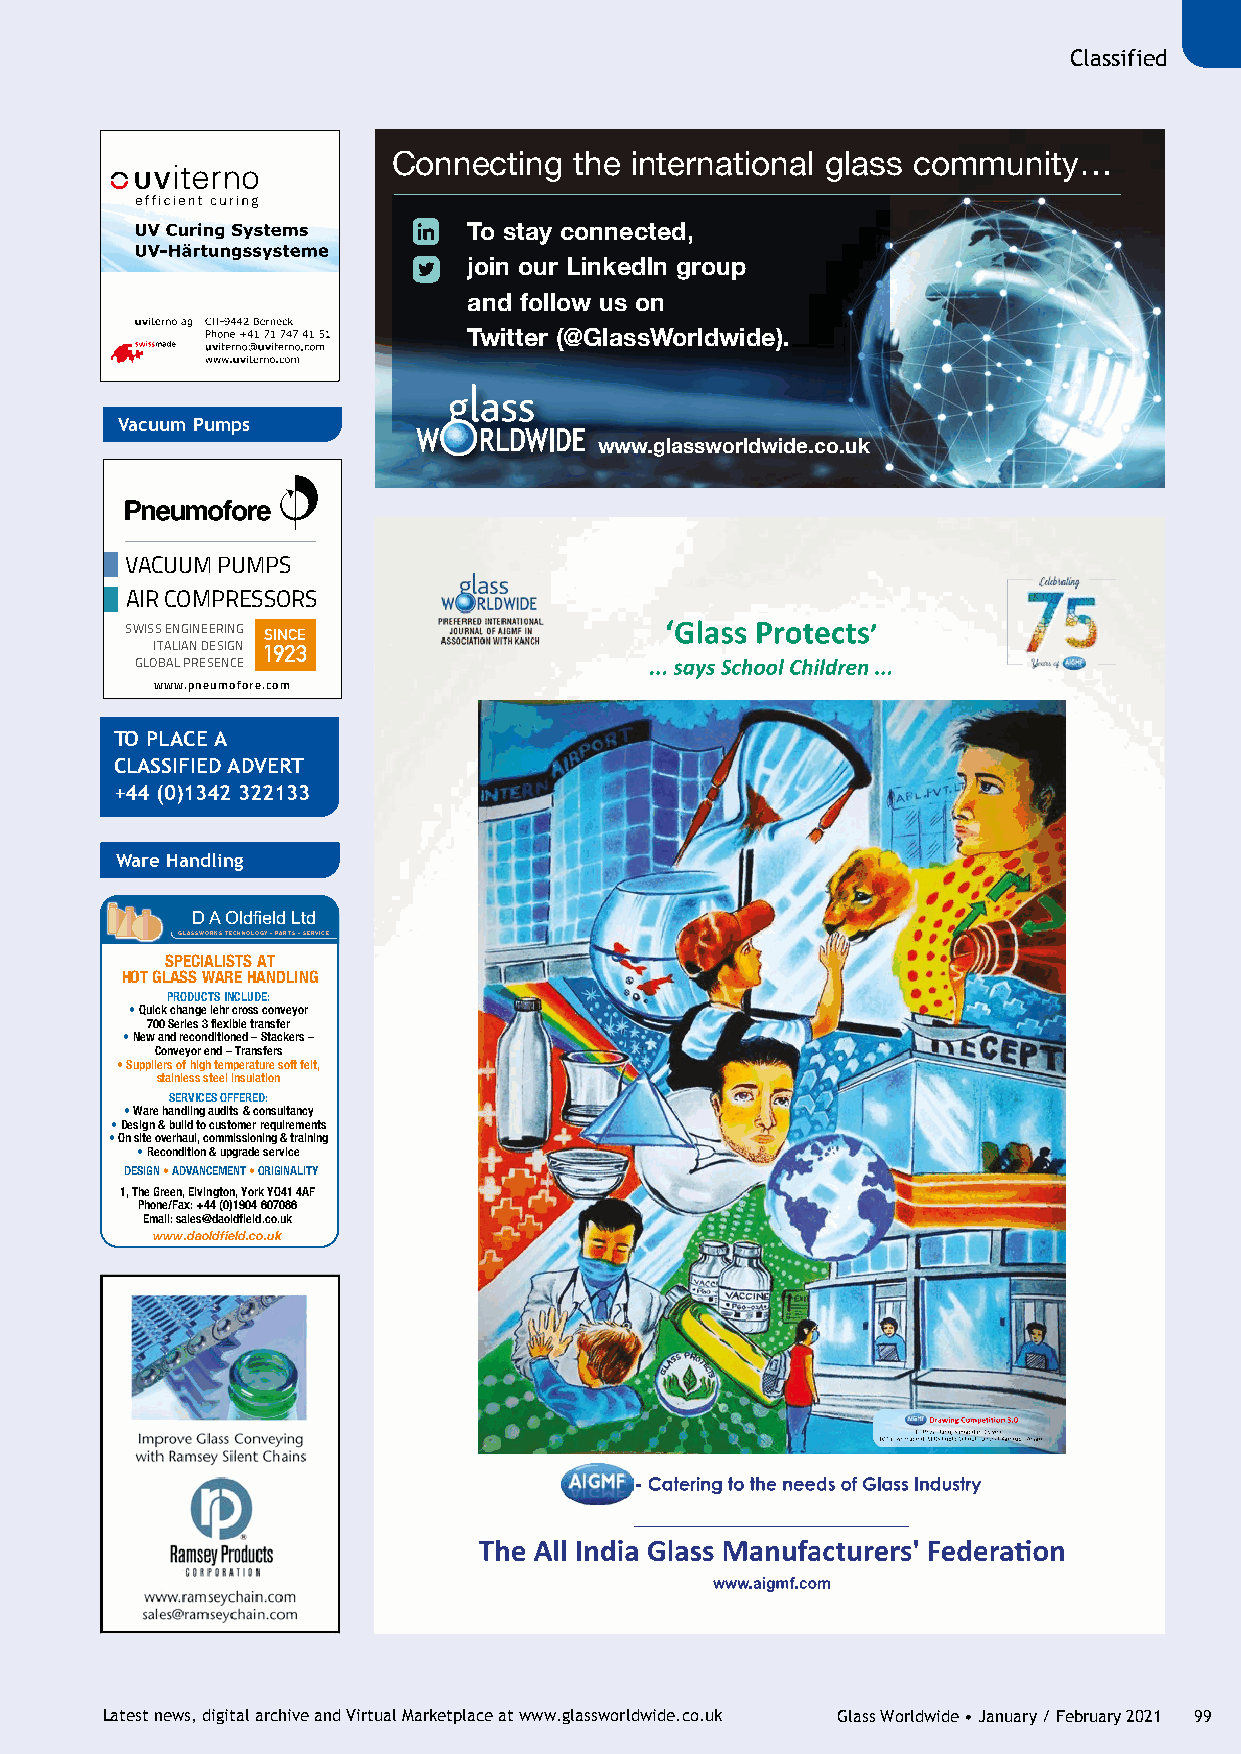
Classified
 Connecting  the international glass community…
 To stay connected,
 join our LinkedIn group
 and follow us on
 Twitter (@GlassWorldwide).
 Vacuum Pumps
 www.glassworldwide.co.uk
 VACUUM PUMPS
 AIR COMPRESSORS
 SWISS ENGINEERING SINCE
 ITALIAN DESIGN 1923
 GLOBAL PRESENCE
 www.pneumofore.com
 TO PLACE A
 CLASSIFIED ADVERT
 +44 (0)1342 322133
 Ware Handling
 D A Oldfi eld Ltd
 GLASSWORKS TECHNOLOGY • PARTS • SERVICE
 SPECIALISTS AT
 HOT GLASS WARE HANDLING
 PRODUCTS INCLUDE:
 • Quick change lehr cross conveyor
 700 Series 3 flexible transfer
 • New and reconditioned – Stackers –
 Conveyor end – Transfers
 • Suppliers of high temperature soft felt,
 stainless steel insulation
 SERVICES OFFERED:
 • Ware handling audits & consultancy
 • Design & build to customer requirements
 • On site overhaul, commissioning & training
 • Recondition & upgrade service
 DESIGN • ADVANCEMENT • ORIGINALITY
 1, The Green, Elvington, York YO41 4AF
 Phone/Fax: +44 (0)1904 607086
 Email: sales@daoldfield.co.uk
 www.daoldfield.co.uk
 DESIGNS • ADVANCEMENT • ORIGINALITY
 1 The Green • Elvington • EYmoraki lY: sOa4le1s 4@AdFa •o Uldnfi ieteldd. cKoi.nugkd •o Wm e•b Tseitle: +: w44w (w0.)d1a9o0ld4fi 6e0ld7.0c8o6.u •k Fax: +44 (0)1904 607086
 Latest news, digital archive and Virtual Marketplace at www.glassworldwide.co.uk Glass Worldwide • January / February 2021 99